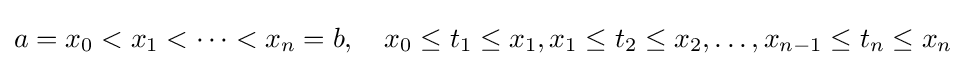
a=x_{0}<x_{1}<\dots <x_{n}=b,\quad x_{0}\leq t_{1}\leq x_{1},x_{1}\leq t_{2}\leq x_{2},\dots ,x_{n-1}\leq t_{n}\leq x_{n}